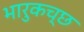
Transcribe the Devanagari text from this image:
भारुकच्छ